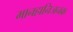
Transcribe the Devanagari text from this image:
मानहानिजनक